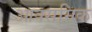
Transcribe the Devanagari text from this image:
आक्समिक